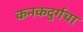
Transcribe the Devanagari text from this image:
कनकदुर्गचा